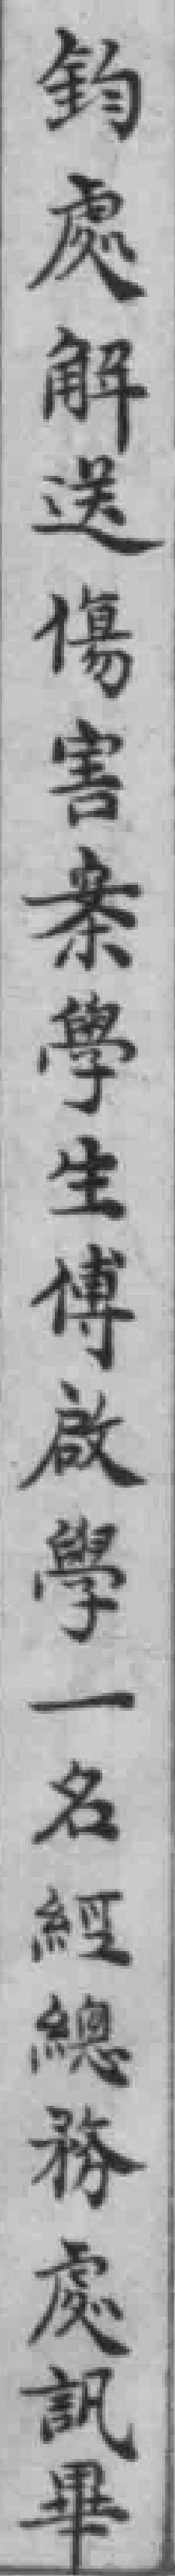
鈞處解送傷害案學生傅啟學一名經總務處訊畢